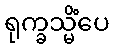
ရုက္ခသ္မိံပေ